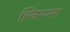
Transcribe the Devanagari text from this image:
स्निग्धक